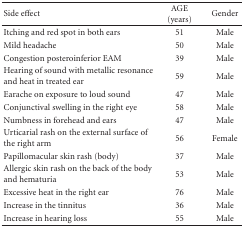
| Side effect | AGE (years) | Gender |
 | --- | --- | --- |
 | Itching and red spot in both ears | 51 | Male |
 | Mild headache | 50 | Male |
 | Congestion posteroinferior EAM | 39 | Male |
 | Hearing of sound with metallic resonance and heat in treated ear | 59 | Male |
 | Earache on exposure to loud sound | 47 | Male |
 | Conjunctival swelling in the right eye | 58 | Male |
 | Numbness in forehead and ears | 47 | Male |
 | Urticarial rash on the external surface of the right arm | 56 | Female |
 | Papillomacular skin rash (body) | 37 | Male |
 | Allergic skin rash on the back of the body and hematuria | 53 | Male |
 | Excessive heat in the right ear | 76 | Male |
 | Increase in the tinnitus | 36 | Male |
 | Increase in hearing loss | 55 | Male |